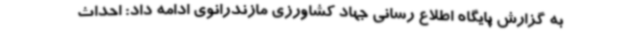
به گزارش پایگاه اطلاع رسانی جهاد کشاورزی مازندرانوی ادامه داد: احداث